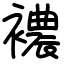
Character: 襛